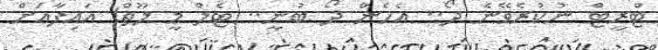
ޓްރީޓް ނުކުރެވޭނެ ދޯ.. އެހެން ދޯ ބުނީ.. ޓެލް މީ ލޫތް! އައިފާއަށް